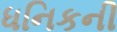
ધનિકની